Lunatic asylums United Prov. 1922-30 - 1922-1930
Year: 1922
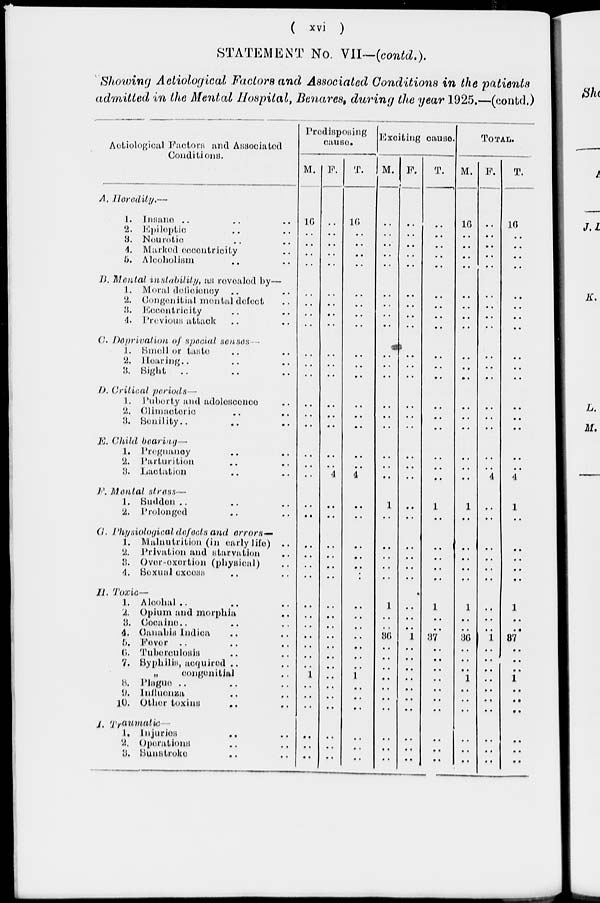
( xvi )
STATEMENT No. VII—(contd.).
Showing Aelioloyical Factors and Associated Conditions in the patients
admitted in the Mental Hospital, Benares, during the year 1925.—(contd.)
Aotiological Factors and
Assiciated
Conditions.
A.
Heredity.—
1. Insane .. .. ..
2. Epileptic .. ..
3. Neurotic .. ..
4. Marked eccentricity ..
5. Alcoholism .. ..
B. Mental instability, as revealed by—
1. Moral deficiency .. ..
2. Congenitial metal defect ..
3. Eccentricity .. ..
4. Previous attack .. ..
C. Deprivation of special senses
1. Smell or taste .. ..
2. Hearing .. .. ..
3. Sight .. .. ..
D. Critical periods —
1. Puberty and adolescence ..
2.
Climacteric
..
..
3. Senility .. .. ..
E. Child
bearing—
1. Pregnaney .. ..
2. Parturition .. ..
3. Lactation .. ..
F. Mental stress—
1. Sudden .. .. ..
2. Prolonged .. ..
G. Physiological defects and errors—
1. Malnutrition (in early life)
..
2. Privation and starvation ..
3. Over-exertion (physical) ..
4. Sexual excess .. ..
H. Texic—
1. Alcohal .. .. ..
2. Opium and morphia ..
3. Cocaine .. .. ..
4. Canabis Indica .. ..
5. Fever .. .. ..
6. Tuberenlosis .. ..
7. Syphilis, acquired .. ..
„
congenitial ..
8. Plague .. .. ..
9. Influenza .. ..
10. Other toxins .. ..
I.
Traumatic
1. Injuries .. ..
2. Operations .. ..
3. Sunstroke .. ..
Predisposing
cause.
M.
16
..
..
..
..
..
..
..
..
..
..
..
..
..
..
..
..
..
..
..
..
..
..
..
..
..
..
..
..
..
..
1
..
..
..
..
..
..
F.
..
..
..
..
..
..
..
..
..
..
..
..
..
..
..
..
..
4
..
..
..
..
..
..
..
..
..
..
..
..
..
..
..
..
..
..
..
..
T.
16
..
..
..
..
..
..
..
..
..
..
..
..
..
..
..
..
4
..
..
..
..
..
..
..
..
..
..
..
..
..
1
..
..
..
..
..
..
Exoiting cause.
M.
..
..
..
..
..
..
..
..
..
..
..
..
..
..
..
..
..
..
1
..
..
..
..
..
1
..
..
36
..
..
..
..
..
..
..
..
..
..
F.
..
..
..
..
..
..
..
..
..
..
..
..
..
..
..
..
..
..
..
..
..
..
..
..
..
..
..
1
..
..
..
..
..
..
..
..
..
..
T.
..
..
..
..
..
..
..
..
..
..
..
..
..
..
..
..
..
..
1
..
..
..
..
..
1
..
..
37
..
..
..
..
..
..
..
..
..
..
TOTAL.
M.
16
..
..
..
..
..
..
..
..
..
..
..
..
..
..
..
..
..
1
..
..
..
..
..
1
..
..
36
..
..
..
1
..
..
..
..
..
..
F.
..
..
..
..
..
..
..
..
..
..
..
..
..
..
..
..
..
4
..
..
..
..
..
..
..
..
..
1
..
..
..
..
..
..
..
..
..
..
T.
16
..
..
..
..
..
..
..
..
..
..
..
..
..
..
..
..
4
1
..
..
..
..
..
1
..
..
37
..
..
..
1
..
..
..
..
..
..